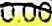
0.00